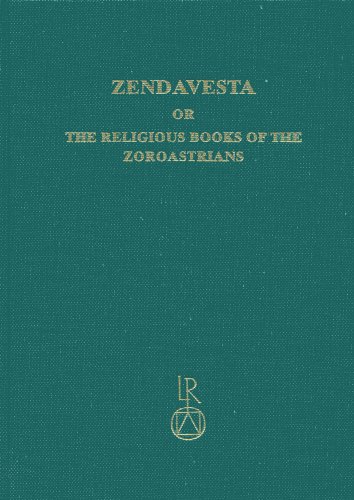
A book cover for Zendavesta or the religious books of the Zoroastrians: Volume I: The Zend texts; Astrid Schmitt; Religion & Spirituality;